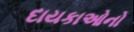
દાયકાઓનો